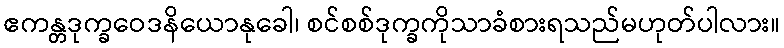
ဧကန္တဒုက္ခဝေဒနိယောနုခေါ၊ စင်စစ်ဒုက္ခကိုသာခံစားရသည်မဟုတ်ပါလား။